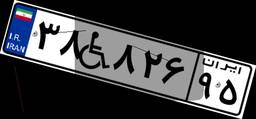
۳۸W۸۲۶۹۵